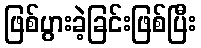
ဖြစ်ပွားခဲ့ခြင်းဖြစ်ပြီး